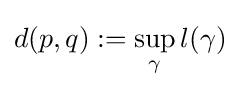
d(p,q):=\sup _{\gamma }l(\gamma )